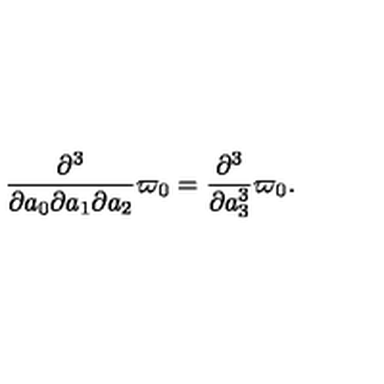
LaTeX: \frac { \partial ^ { 3 } } { \partial a _ { 0 } \partial a _ { 1 } \partial a _ { 2 } } \varpi _ { 0 } = \frac { \partial ^ { 3 } } { \partial a _ { 3 } ^ { 3 } } \varpi _ { 0 } .